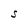
Character: S